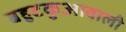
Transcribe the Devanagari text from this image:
बहुटकुआवाली